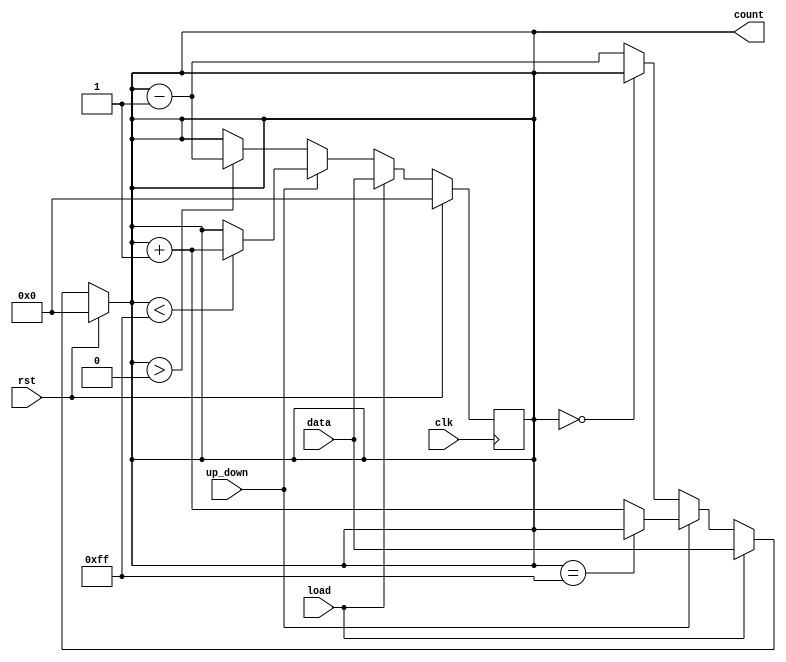
module loadable_counter (
    input wire clk,            // Clock signal
    input wire rst,            // Reset signal
    input wire load,           // Load control signal
    input wire [N-1:0] data,   // Load Value input
    input wire up_down,        // Count Direction control signal
    output reg [N-1:0] count   // Current Counter Value output
);

    parameter N = 8;          // Define the size of the counter (8 bits in this case)
    localparam MAX_COUNT = (1 << N) - 1; // Maximum count value based on size N

    // Asynchronous reset block
    always @(*) begin
        if (rst) begin
            count = 0; // Reset the counter to 0
        end else if (load) begin
            count = data; // Load the specified value
        end else if (up_down) begin
            count = (count == MAX_COUNT) ? count : count + 1; // Increment
        end else begin
            count = (count == 0) ? count : count - 1; // Decrement
        end
    end

    // Synchronous clock block
    always @(posedge clk) begin
        if (rst) begin
            count <= 0; // Reset the counter on clock edge
        end else if (load) begin
            count <= data; // Load the specified value on clock edge
        end else if (up_down) begin
            if (count < MAX_COUNT) begin
                count <= count + 1; // Increment on clock edge
            end
            // Optional: Handle overflow if required, uncomment below
            // else begin
            //     count <= 0; // Wrap around for overflow
            // end
        end else begin
            if (count > 0) begin
                count <= count - 1; // Decrement on clock edge
            end
            // Optional: Handle underflow if required, uncomment below
            // else begin
            //     count <= MAX_COUNT; // Wrap around for underflow
            // end
        end
    end

endmodule